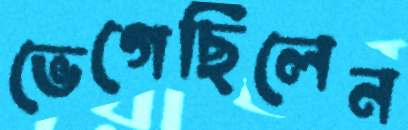
ভেগেছিলেন